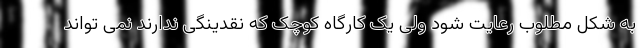
به شکل مطلوب رعایت شود ولی یک کارگاه کوچک که نقدینگی ندارند نمی تواند